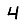
Digit: 4